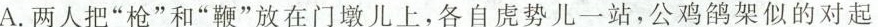
A.两人把”枪”和”鞭”放在门墩儿上，各自虎势儿一站，公鸡鸽架似的对起